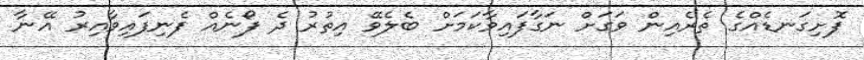
ފޮށިގަނޑެއްގެ ތެރެއިން ވަގަށް ނަގާފައިވާކަމަށް ބެލެވޭ އިތުރު ދެ ފޯނެއް ފެނިފައިވާއިރު އޭނާ